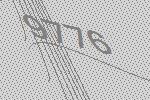
9776